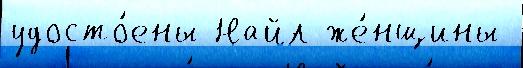
удосто́ены Найл же́нщины